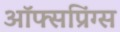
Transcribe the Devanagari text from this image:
ऑफ्सप्रिंग्स